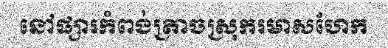
នៅផ្សារកំពង់ត្រាចស្រុករមាសហែក